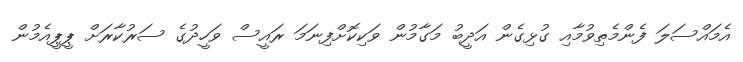
އެމައްސަލަ ފެންމެތިވުމާއި ގުޅިގެން އަދީބު މަގާމުން ވަކިކޮށްފިނަމަ ރައީސް ވަހީދުގެ ސަރުކާރަށް ޕީޕީއެމުން